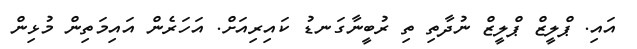
އައި. ޕްލީޒް ޕްލީޒް ނުދާތި ތި ރުބީނާގަނޑު ކައިރިއަށް. އަހަރެން އައިމަތިން މުޅިން